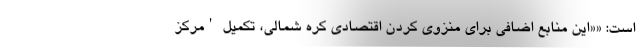
است: ««این منابع اضافی برای منزوی کردن اقتصادی کره شمالی، تکمیل 'مرکز